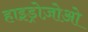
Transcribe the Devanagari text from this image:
हाइड्रोज़ोओ